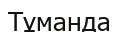
Тұманда